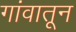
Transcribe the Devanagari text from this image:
गांवातून